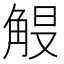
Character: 𮗭